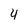
Character: 4